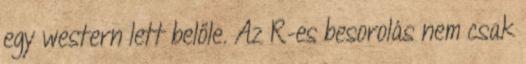
egy western lett belőle. Az R-es besorolás nem csak